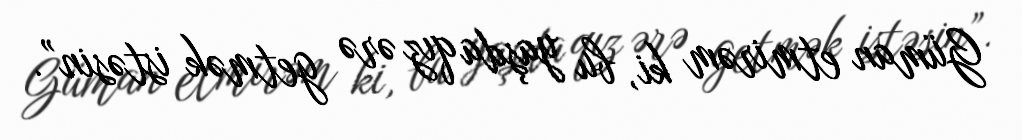
Güman etmirəm ki, bu yaşda qız ərə getmək istəsin”.